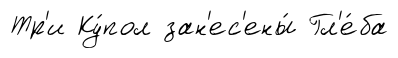
Тр'и Ку́пол зан'ес'ены́ Гл'е́ба